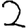
Digit: 2